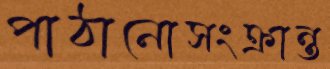
পাঠানোসংক্রান্ত